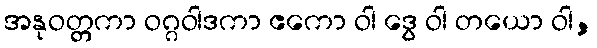
အနုဝတ္တကာ ဝဂ္ဂဝါဒကာ ဧကော ဝါ ဒွေ ဝါ တယော ဝါ,